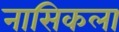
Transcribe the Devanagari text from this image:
नासिकला